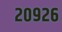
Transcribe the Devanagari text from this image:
२०९२६